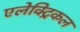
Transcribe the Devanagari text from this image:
एलेक्ट्रिकल